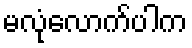
မလုံလောက်ပါက